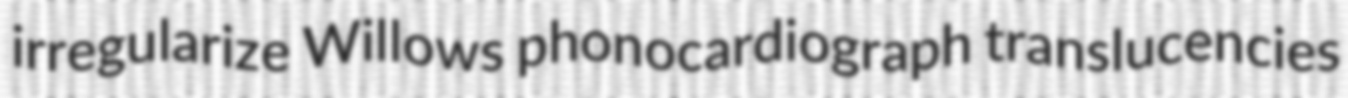
irregularize Willows phonocardiograph translucencies